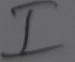
Text: I